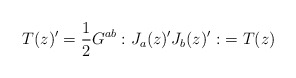
\begin{align*}T(z)'=\frac{1}{2} G^{ab} : J_a (z)' J_b(z)' : \ = T(z)\end{align*}